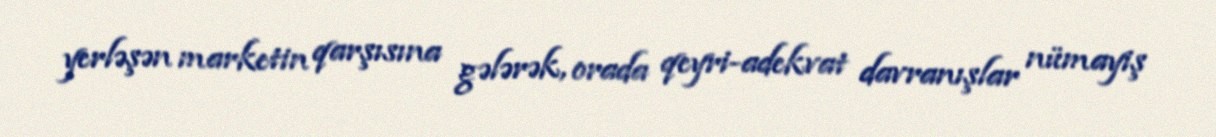
yerləşən marketin qarşısına gələrək, orada qeyri-adekvat davranışlar nümayiş